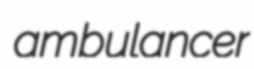
ambulancer